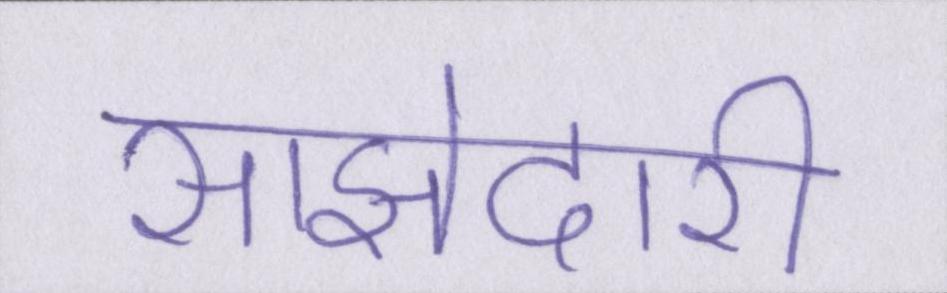
साझेदारी